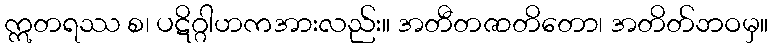
ဣတရဿ စ၊ ပဋိဂ္ဂါဟကအားလည်း။ အတီတဇာတိတော၊ အတိတ်ဘဝမှ။